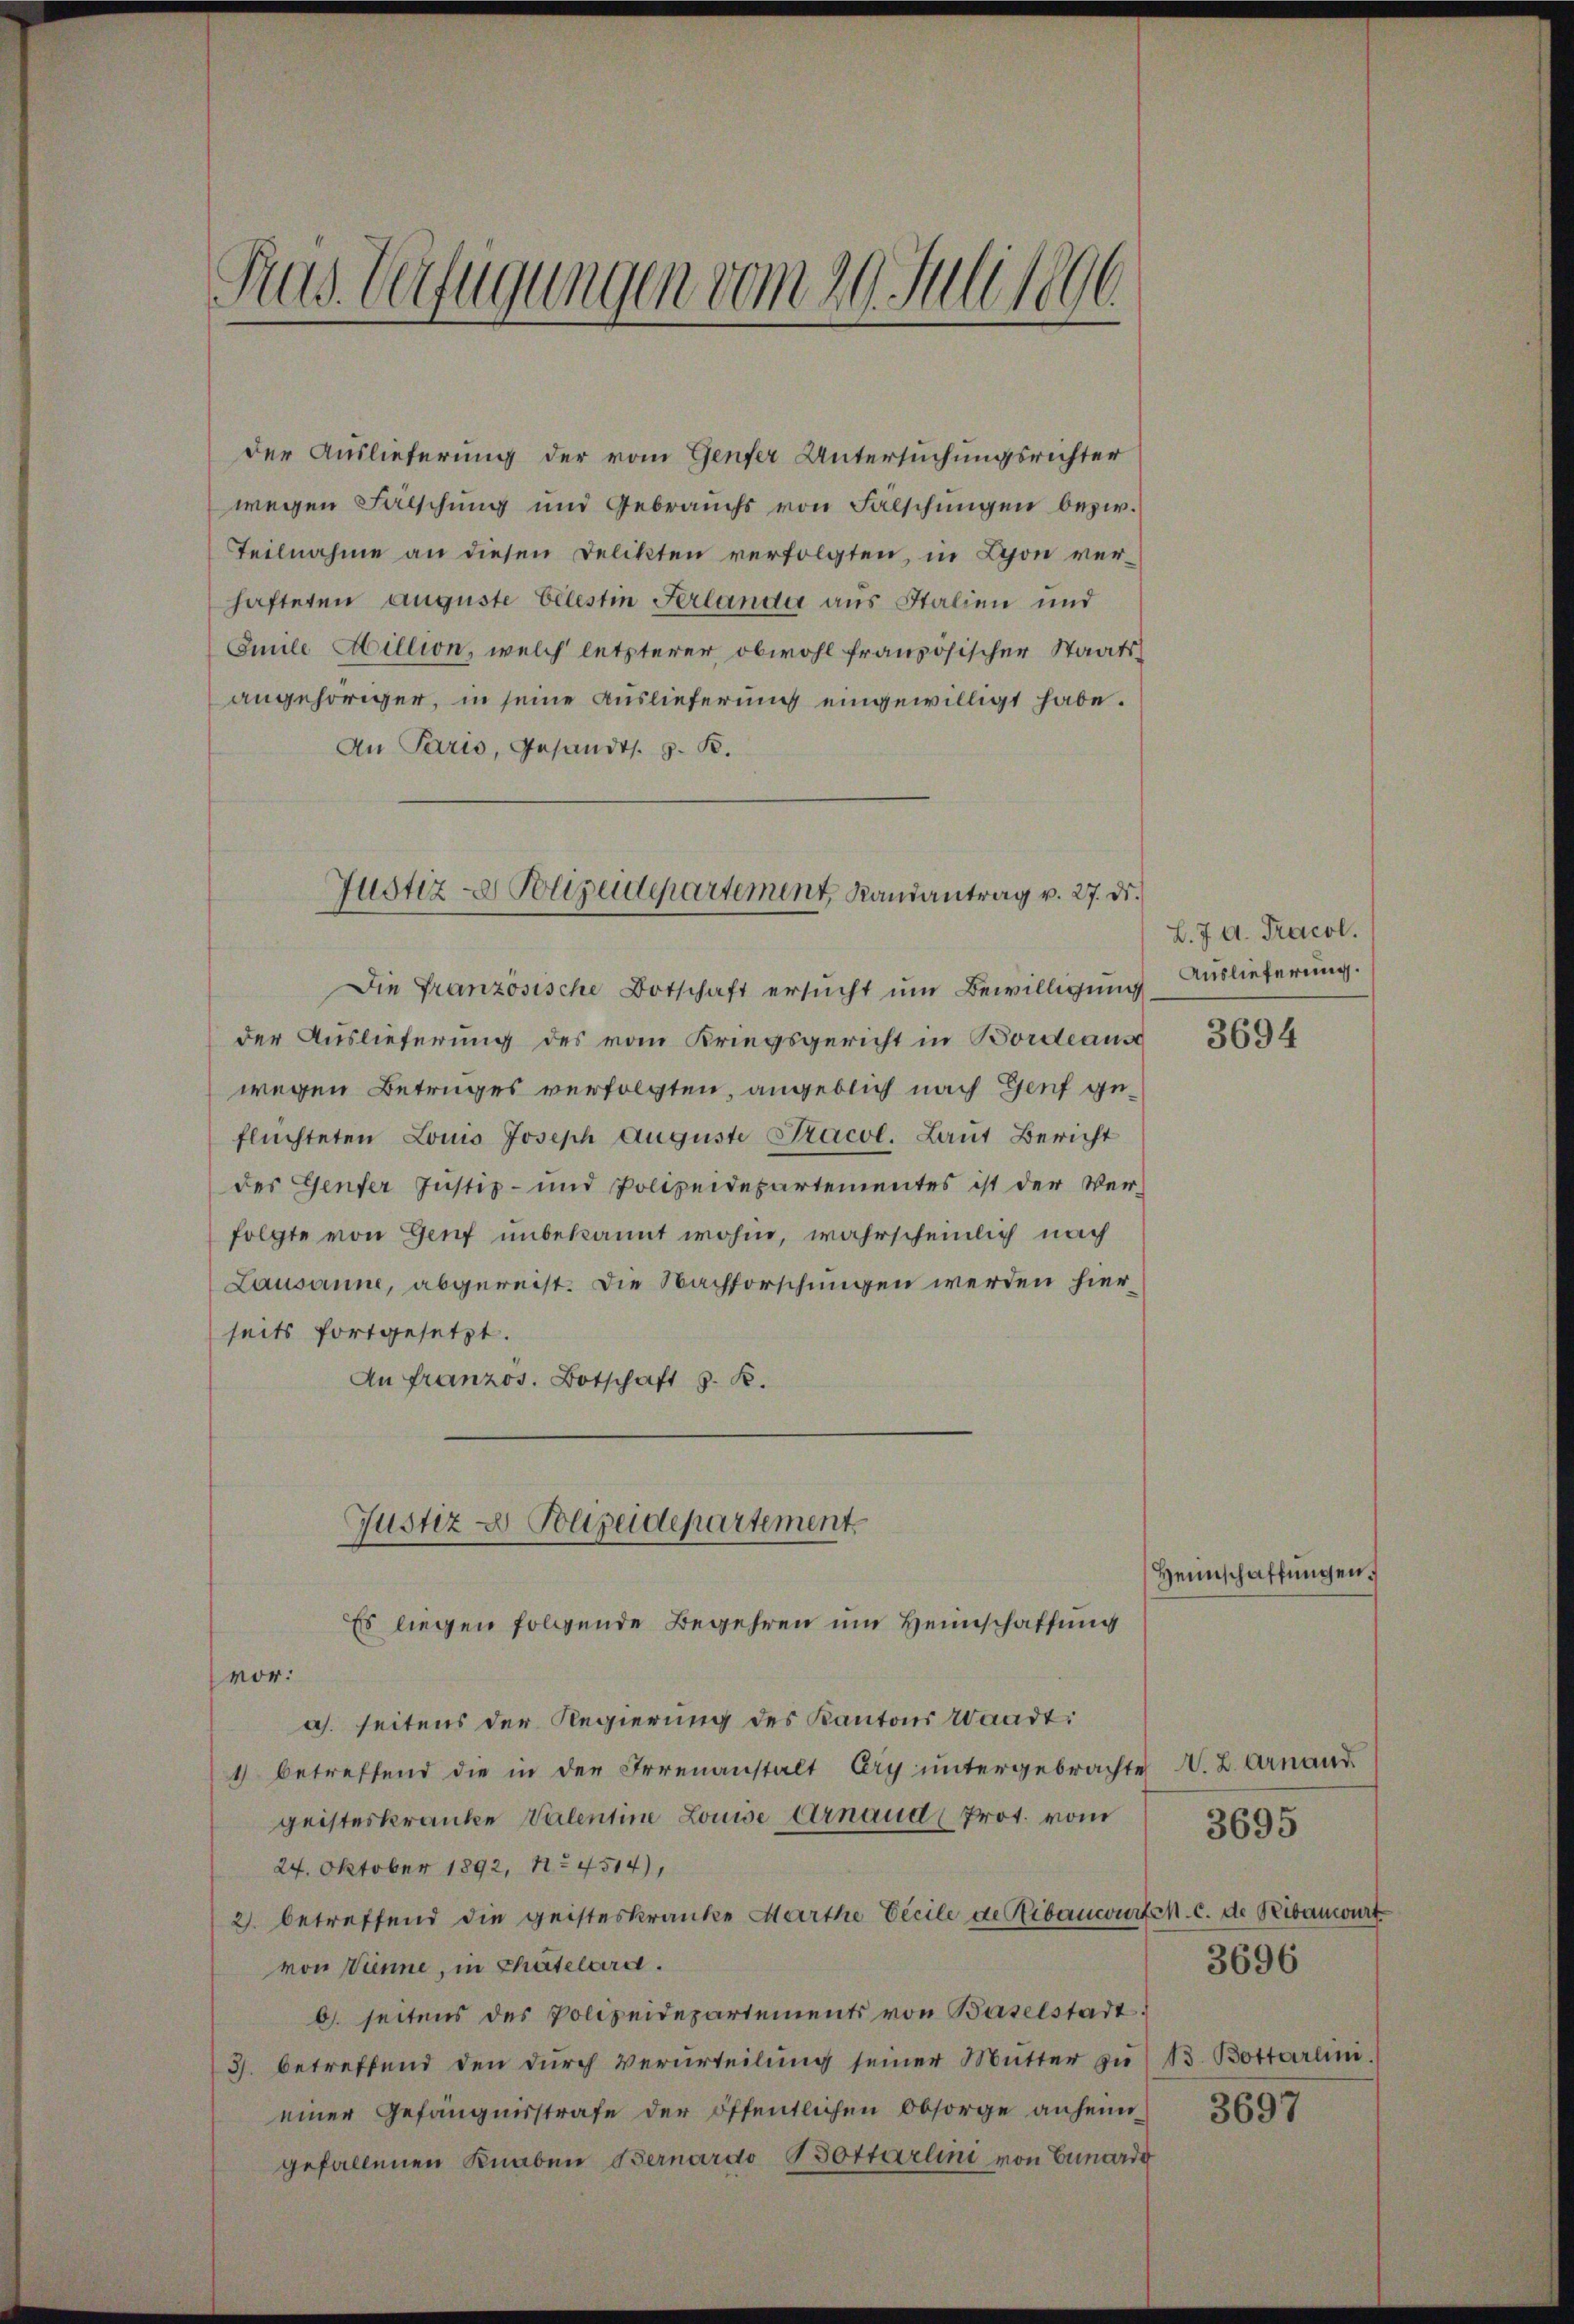
Aus Verfügungen vom 20. Juli 1896

der Auslieferung der vom Genfer Untersuchungsrichter
wegen Fälschung und Gebrauchs von Fälschŭngen bezw.
Teilnahme an diesen Delikten verfolgten, in Lyon verhafteten Auguste belestin Ferlande aus Italien und
Emile Million, welch letzterer obwohl französischer Staats-
angehöriger, in seine Auslieferung eingewilligt habe.
An Paris, Gesandts. z. B.
Die Französische Botschaft ersucht um Bewilligung
der Auslieferung des vom Kriegsgericht in Bordeaus
wegen Betruges verfolgten, angeblich nach Genf geflüchteten Louis Joseph Auguste Pracol. Laut Bericht
der Genfer Justiz- und Polizeidepartementes ist der Ver-
folgte von Genf unbekannt wohin, wahrscheinlich nach
Lausanne, abgereist. Die Nachforschungen werden hierseits fortgesetzt.
An franzos. Botschaft z. K.
Justiz & Polizeidepartement
Es liegen folgende Begehren um Heimschaffung
vor:
as. seitens der Regierung des Kantons Waadt
1) betreffend die in der Irrenanstalt Ery untergebrachte W. L. Arnand
geisteskranke Valentine Louise Arnaud Prot. vom
24. Oktober 1892, No 4514),
2) betreffend die geisteskranke Marthe Pecile de Ribancourtch. c. de Ribanwurt
von Panne, in Chatelara.
b. seitens des Polizeidepartements von Baselstadt
3. betreffend den durch Verurteilung seiner Mutter zu B. Bottarlini
einer Gefängnisstrafe der öffentlichen Obsorge anheimgefallenen Knaben Bernardo Bottarlini von Ermorde

Justiz & Polizeidepartement Landantrag v. 27. Dr.

L. J. A. Tracol.
Auslieferung.

3694

3696

3695

Heimschaffungen.

3697